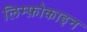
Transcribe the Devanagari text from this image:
लिम्फ़ोकाइन